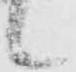
候